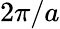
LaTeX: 2\pi/a